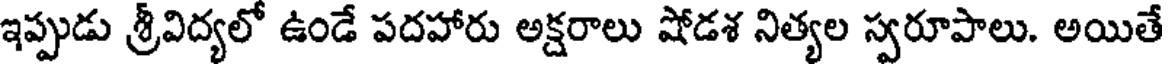
ఇప్పుడు శ్రీవిద్యలో ఉండే పదహారు అక్షరాలు షోడశ నిత్యల స్వరూపాలు. అయితే